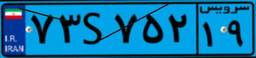
۶۵S۵۲۵۸۳